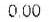
0.00